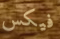
فيكس